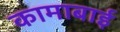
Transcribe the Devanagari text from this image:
कामाबाई